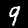
Label: 9